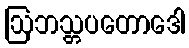
ဩဘသ္တပတောဒေါ